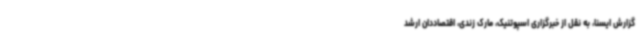
گزارش ایسنا، به نقل از خبرگزاری اسپوتنیک، مارک زندی، اقتصاددان ارشد